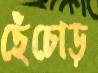
ছেঁচোড়